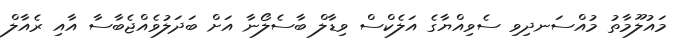
މައުލޫމާތު މުއްސަނދިވި ސެވިއްޔާގެ އަލެކްސް ވިޑާލް ބާސެލޯނާ އަށް ބަދަލުވެއްޖެބާސާ އާއި ރެއާލް